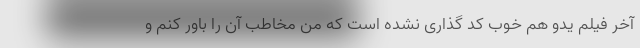
آخر فیلم یدو هم خوب کد گذاری نشده است که من مخاطب آن را باور کنم و